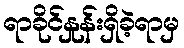
ရာခိုင်နှုန်းရှိခဲ့ရာမှ